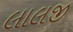
લાલજી